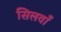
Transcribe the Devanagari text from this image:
सिलवाँ